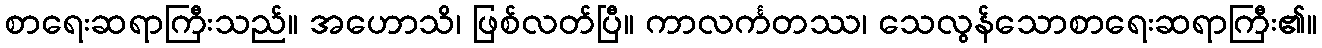
စာရေးဆရာကြီးသည်။ အဟောသိ၊ ဖြစ်လတ်ပြီ။ ကာလင်္ကတဿ၊ သေလွန်သောစာရေးဆရာကြီး၏။